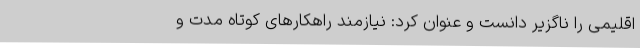
اقلیمی را ناگزیر دانست و عنوان کرد: نیازمند راهکارهای کوتاه مدت و